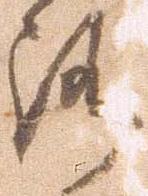
路